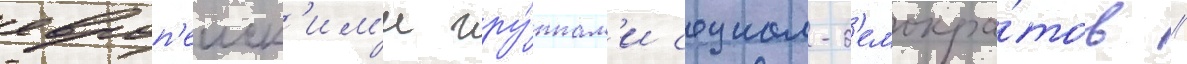
европ'еиск'им'и гру́ппам'и социал-д'емокра́тов //